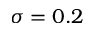
\sigma = 0 . 2